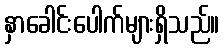
နှာခေါင်းပေါက်များရှိသည်။